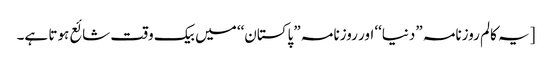
[یہ کالم روزنامہ ”دنیا‘‘ اور روزنامہ ”پاکستان‘‘ میں بیک وقت شائع ہوتا ہے۔